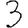
Digit: 3